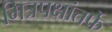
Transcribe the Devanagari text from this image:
मित्रपक्षांतर्फे